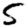
Digit: 5